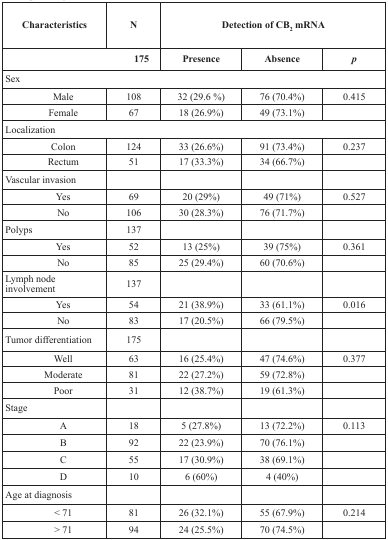
| Characteristics | N | <COLSPAN=3> Detection of CB2 mRNA |
 |  | 175 | Presence | Absence | p |
 | --- | --- | --- | --- | --- |
 | <COLSPAN=5> Sex |
 | Male | 108 | 32 (29.6 %) | 76 (70.4%) | 0.415 |
 | Female | 67 | 18 (26.9%) | 49 (73.1%) |  |
 | <COLSPAN=5> Localization |
 | Colon | 124 | 33 (26.6%) | 91 (73.4%) | 0.237 |
 | Rectum | 51 | 17 (33.3%) | 34 (66.7%) |  |
 | Vascular invasion |  |  |  |  |
 | Yes | 69 | 20 (29%) | 49 (71%) | 0.527 |
 | No | 106 | 30 (28.3%) | 76 (71.7%) |  |
 | Polyps | 137 |  |  |  |
 | Yes | 52 | 13 (25%) | 39 (75%) | 0.361 |
 | No | 85 | 25 (29.4%) | 60 (70.6%) |  |
 | Lymph node involvement | 137 |  |  |  |
 | Yes | 54 | 21 (38.9%) | 33 (61.1%) | 0.016 |
 | No | 83 | 17 (20.5%) | 66 (79.5%) |  |
 | Tumor differentiation | 175 |  |  |  |
 | Well | 63 | 16 (25.4%) | 47 (74.6%) | 0.377 |
 | Moderate | 81 | 22 (27.2%) | 59 (72.8%) |  |
 | Poor | 31 | 12 (38.7%) | 19 (61.3%) |  |
 | Stage |  |  |  |  |
 | A | 18 | 5 (27.8%) | 13 (72.2%) | 0.113 |
 | B | 92 | 22 (23.9%) | 70 (76.1%) |  |
 | C | 55 | 17 (30.9%) | 38 (69.1%) |  |
 | D | 10 | 6 (60%) | 4 (40%) |  |
 | Age at diagnosis |  |  |  |  |
 | < 71 | 81 | 26 (32.1%) | 55 (67.9%) | 0.214 |
 | > 71 | 94 | 24 (25.5%) | 70 (74.5%) |  |